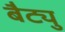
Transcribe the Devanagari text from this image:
बैट्यु